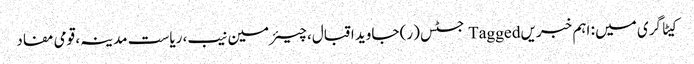
کیٹاگری میں : اہم خبریں Tagged جسٹس (ر) جاوید اقبال، چیئرمین نیب، ریاست مدینہ، قومی مفاد